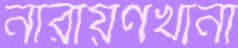
নারায়ণখানা